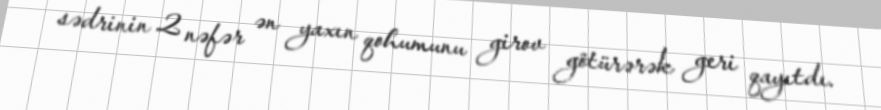
sədrinin 2 nəfər ən yaxın qohumunu girov götürərək geri qayıtdı.